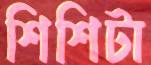
শিশিটা